Report of the King Institute of Preventive Medicine, Guindy
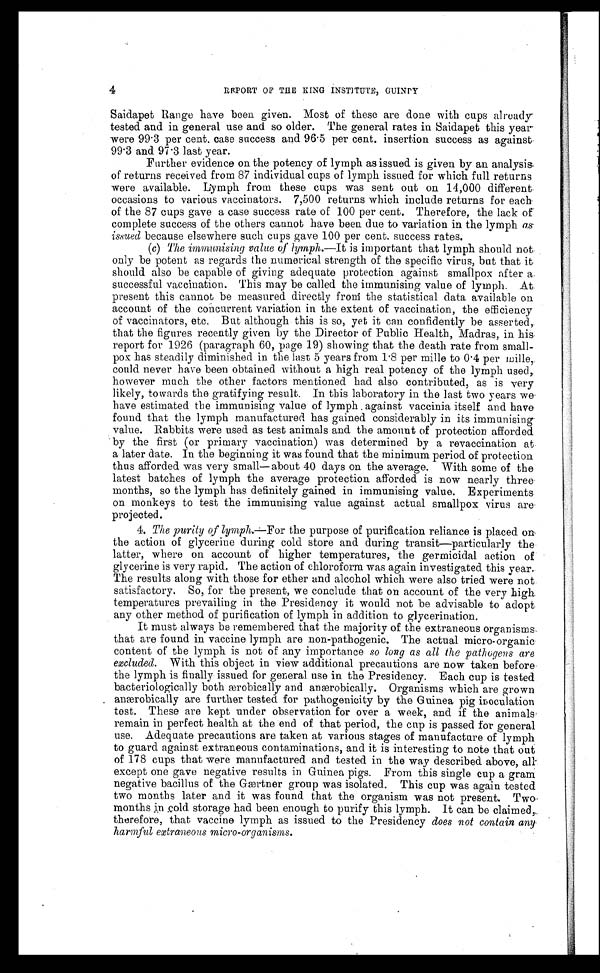
4
REPORT OF THE KING INSTITUTE, GUINDY
Saidapet Range have been given. Most of these are done with cups already
tested and in general use and so older. The general rates in Saidapet this year
were 99.3 per cent. case success and 96.5 per cent. insertion success as against
99.3 and 97.3 last year.
Further evidence on the potency of lymph as issued is given by an analysis
of returns received from 87 individual cups of lymph issued for which full returns
were available. Lymph from these cups was sent out on 14,000 different
occasions to various vaccinators. 7,500 returns which include returns for each
of the 87 cups gave a case success rate of 100 per cent. Therefore, the lack of
complete success of the others cannot have been due to variation in the lymph as
issued because elsewhere such cups gave 100 per cent. success rates.
(c) The immunising value of lymph. —It is important that lymph should not
only be potent as regards the numerical strength of the specific virus, but that it
should also be capable of giving adequate protection against smallpox after a
successful vaccination. This may be called the immunising value of lymph. At
present this cannot be measured directly from the statistical data available on
account of the concurrent variation in the extent of vaccination, the efficiency
of vaccinators, etc. But although this is so, yet it can confidently be asserted,.
that the figures recently given by the Director of Public Health, Madras, in his
report for 1926 (paragraph 60, page 19) showing that the death rate from small
-pox has steadily diminished in the last 5 years from 1.8 per mile to 0.4 per mile,
could never have been obtained without a high real potency of the lymph used,
however much the other factors mentioned had also contributed, as is very
likely, towards the gratifying result. In this laboratory in the last two years we
have estimated the immunising value of lymph against vaccinia itself and have
found that the lymph manufactured has gained considerably in its immunising
value. Rabbits were used as test animals and the amount of protection afforded
by the first (or primary vaccination) was determined by a revaccination at
a later date. In the beginning it was found that the minimum period of protection
thus afforded was very small—about 40 days on the average. With some of the
latest batches of lymph the average protection afforded is now nearly three
months, so the lymph has definitely gained in immunising value. Experiments
on monkeys to test the immunising value against actual smallpox virus are
projected.
4. The purity of lymph.—For the purpose of purification reliance is placed on
the action of glycerine during cold store and during transit—particularly the
latter, where on account of higher temperatures, the germicidal action of
glycerine is very rapid. The action of chloroform was again investigated this year.
The results along with those for ether and alcohol which were also tried were not
satisfactory. So, for the present, we conclude that on account of the very high
temperatures prevailing in the Presidency it would not be advisable to adopt
any other method of purification of lymph in addition to glycerination.
It must always be remembered that the majority of the extraneous organisms
that are found in vaccine lymph are non-pathogenic. The actual micro-organic
content of the lymph is not of any importance so long as all the pathogens are
excluded. With this object in view additional precautions are now taken before
the lymph is finally issued for general use in the Presidency. Each cup is tested
bacteriologically both ærobically and anærobically. Organisms which are grown
anærobically are further tested for pathogenicity by the Guinea pig inoculation
test. These are kept under observation for over a week, and if the animals
remain in perfect health at the end of that period, the cup is passed for general
use. Adequate precautions are taken at various stages of manufacture of lymph
to guard against extraneous contaminations, and it is interesting to note that out
of 178 cups that were manufactured and tested in the way described above, all
except one gave negative results in Guinea pigs. From this single cup a gram
negative bacillus of the Gærtner group was isolated. This cup was again tested
two months later and it was found that the organism was not present. Two
months in cold storage had been enough to purify this lymph. It can be claimed,
therefore, that vaccine lymph as issued to the Presidency does not contain any
harmful extraneous micro-organisms.